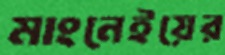
মাংনেইয়ের